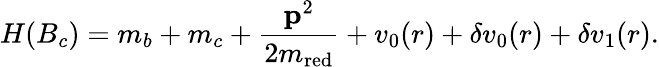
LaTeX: H(B_{c})=m_{b}+m_{c}+{\frac{{\mathbf p}^{2}}{2m_{\mathrm{red}}}}+v_{0}(r)+\delta v_{0}(r)+\delta v_{1}(r).